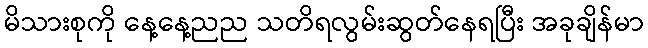
မိသားစုကို နေ့နေ့ညည သတိရလွမ်းဆွတ်နေရပြီး အခုချိန်မာ